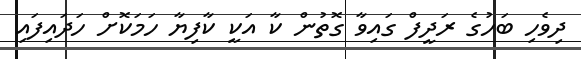
ދިވެހި ބަހުގެ ރަދީފް ގައިވާ ގޮތުން ކާ އަކީ ކާފިޔާ ހަމަކޮށް ހަދައިފައި